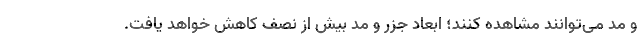
و مد می‌توانند مشاهده کنند؛ ابعاد جزر و مد بیش از نصف کاهش خواهد یافت.